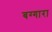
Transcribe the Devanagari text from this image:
बग्गारा